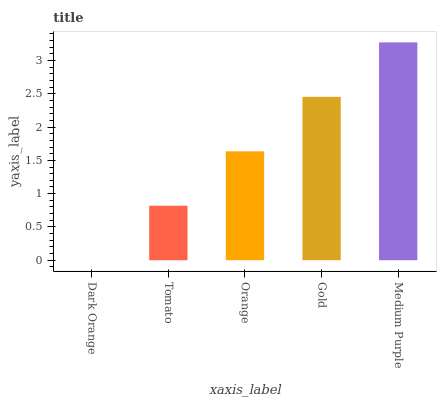
| xaxis_label | bars |
 | --- | --- |
 | Dark Orange | 0 |
 | Tomato | 0.818 |
 | Orange | 1.64 |
 | Gold | 2.45 |
 | Medium Purple | 3.27 |